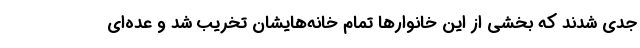
جدی شدند که بخشی از این خانوارها تمام خانه‌هایشان تخریب شد و عده‌ای